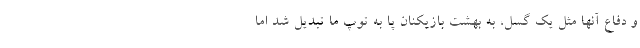
و دفاع آنها مثل یک گسل، به بهشت بازیکنان پا به توپ ما تبدیل شد اما